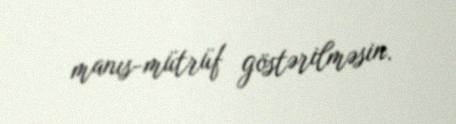
manıs-mütrüf göstərilməsin.